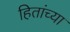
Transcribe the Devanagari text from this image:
हितांच्या